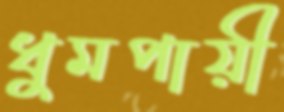
ধুমপায়ী